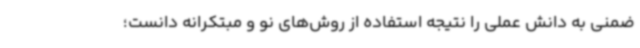
ضمنی به دانش عملی را نتیجه استفاده از روش‌های نو و مبتکرانه دانست؛